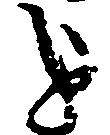
を